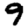
Digit: 9